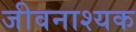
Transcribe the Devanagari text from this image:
जीवनाश्यक